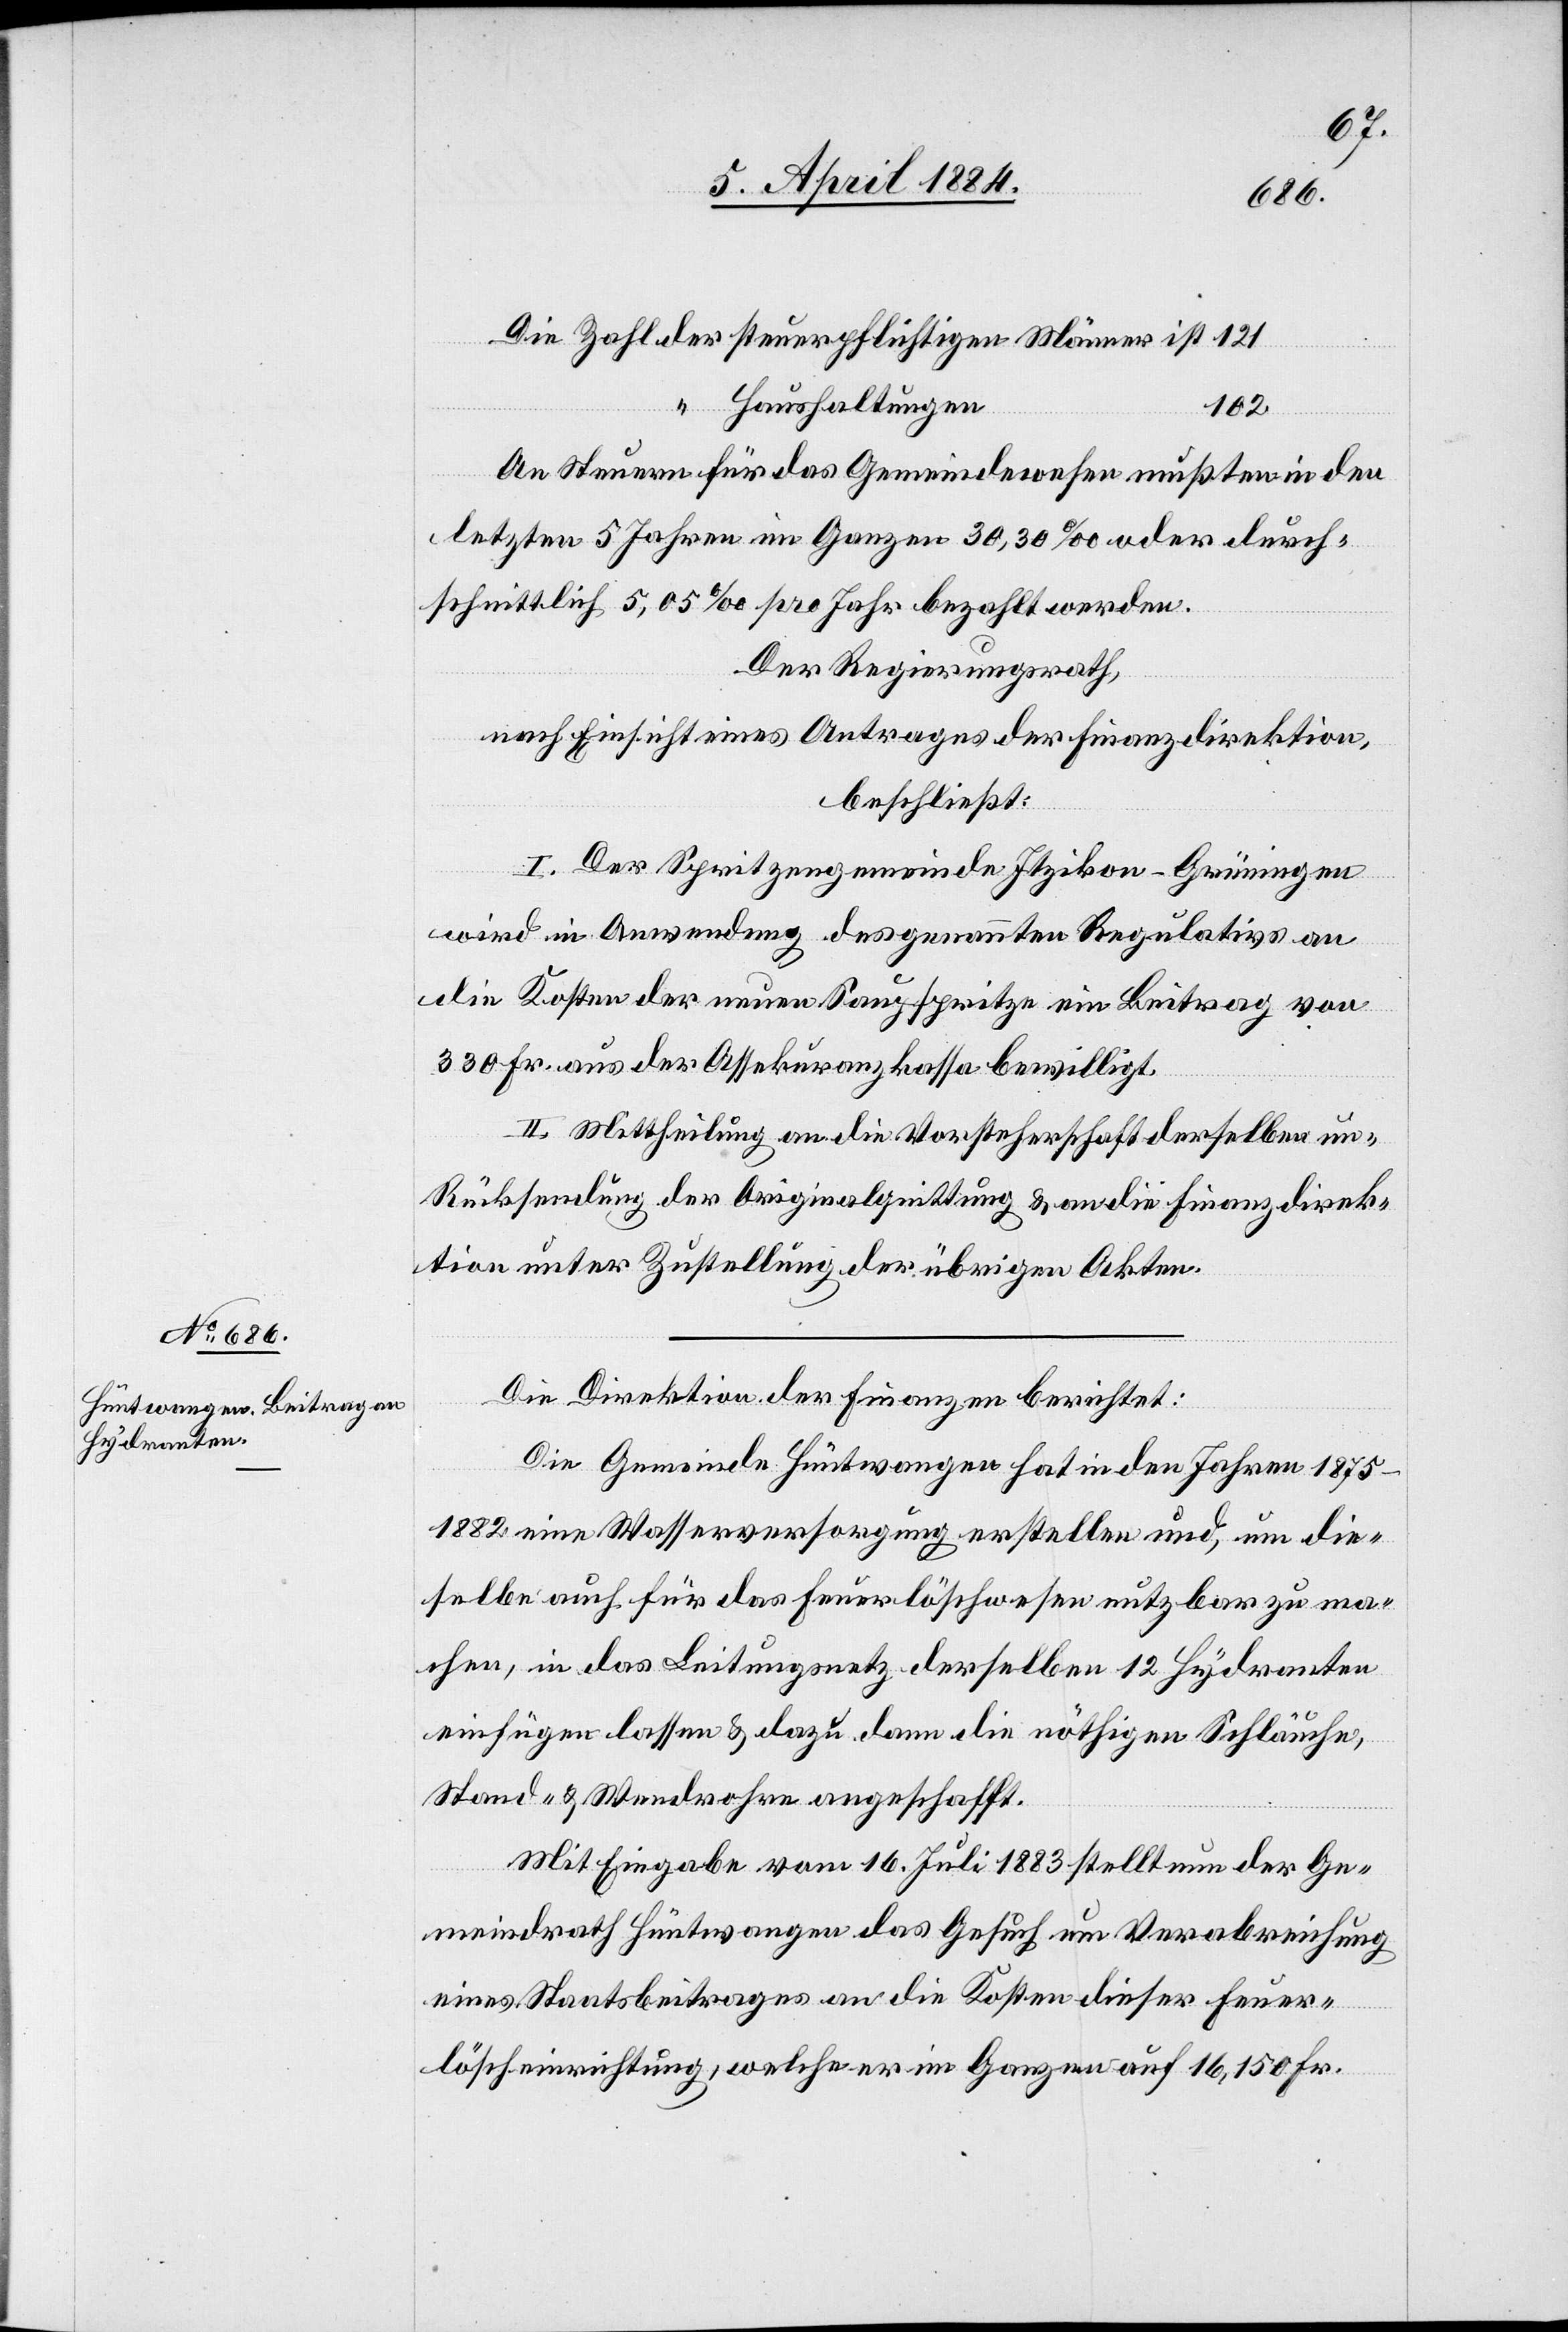
Haushaltungen
102.
“
An Steuern für das Gemeindewesen mußten in den
letzten 5 Jahren im Ganzen 30,30‰ oder durch¬
schnittlich 5,05‰ pro Jahr bezahlt werden.
Der Regierungsrath,
nach Einsicht eines Antrages der Finanzdirektion,
beschließt:
I. Der Spritzengemeinde Itzikon - Grüningen
wird in Anwendung des genannten Regulativs an
die Kosten der neuen Saugspritze ein Beitrag von
300 Fr. aus der Assekuranzkasse bewilligt.
II. Mittheilung an die Vorsteherschaft derselben um
Rücksendung der Originalquittung & an die Finanzdirek¬
tion unter Zustellung der übrigen Akten.
Die Direktion der Finanzen berichtet:
Die Gemeinde Hüntwangen hat in den Jahren 1875–1882
eine Wasserversorgung erstellen und, um die¬
selbe auch für das Feuerlöschwesen nutzbar zu ma¬
chen, in das Leitungsnetz derselben 12 Hydranten
einfügen lassen & dazu dann die nöthigen Schläuche,
Stand- & Wendrohre angeschafft.
Mit Eingabe vom 16. Juli 1883 stellt nun der Ge¬
meindrath Hüntwangen das Gesuch um Verabreichung
eines Staatsbeitrages an die Kosten dieser Feuer¬
der
löscheinrichtung, welche er im Ganzen auf 16,150 Fr.